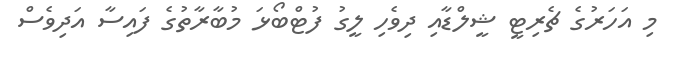
މި އަހަރުގެ ޗެރިޓީ ޝީލްޑާއި ދިވެހި ލީގު ފުޓްބޯޅަ މުބާރާތުގެ ފައިސާ އަދިވެސް